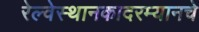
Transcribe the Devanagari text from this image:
रेल्वेस्थानकादरम्यानचे